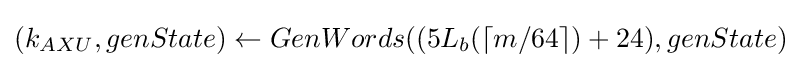
(k_{AXU},genState)\leftarrow GenWords((5L_{b}(\left\lceil m/64\right\rceil )+24),genState)